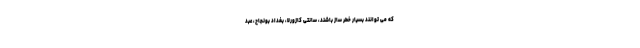
که می توانند بسیار خطر ساز باشند، سانتی کازورلا، بغداد بونجاح، عبد